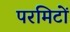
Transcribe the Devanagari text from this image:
परमिटों